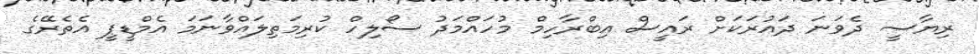
ރިޔާސީ ދެވަނަ ދައުރަކަށް ރައީސް އިބްރާހިމް މުހައްމަދު ސޯލިހް ކުރިމަތިލައްވާނަމަ އެމްޑީޕީ އެތެރޭގެ